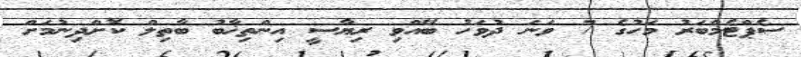
ސެޕްޓެމްބަރު މަހުގެ 7 ވަނަ ދުވަހު ބޭއްވި ރިޔާސީ އިންތިޚާބު ބާތިލް ކޮށްދިނުމަށް